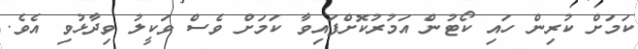
ކަމަށް ކުރިން ހައި ކޯޓުން އަމުރުކޮށްފައިވާ ކަމަށް ވެސް ވަކީލު ވިދާޅުވި އެވެ.